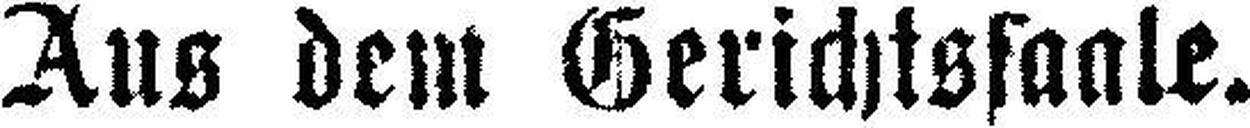
Aus dem Gerichtssaale.